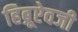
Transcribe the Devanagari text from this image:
हिब्रूऐवजी